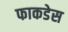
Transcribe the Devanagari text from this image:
फाकडेस